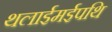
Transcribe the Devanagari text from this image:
थलाईमईपथि